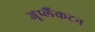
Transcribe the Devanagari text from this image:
जूप्लैंकटन